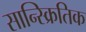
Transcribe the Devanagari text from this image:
सान्स्क्रितिक